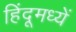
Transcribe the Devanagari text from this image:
हिंदूमध्यें